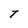
Character: T